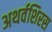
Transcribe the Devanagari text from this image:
अथर्वशिरस